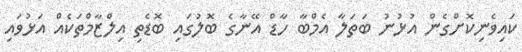
ކައިވެނިކޮށްގެން އުޅުނު ބަތަލާ އެމްބާ ހާޑް އޭނާގެ ބޮލުގައި ބޮޑެތި އިލްޒާމްތަކެއް އަޅުވައި